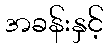
အခန်းနှင့်